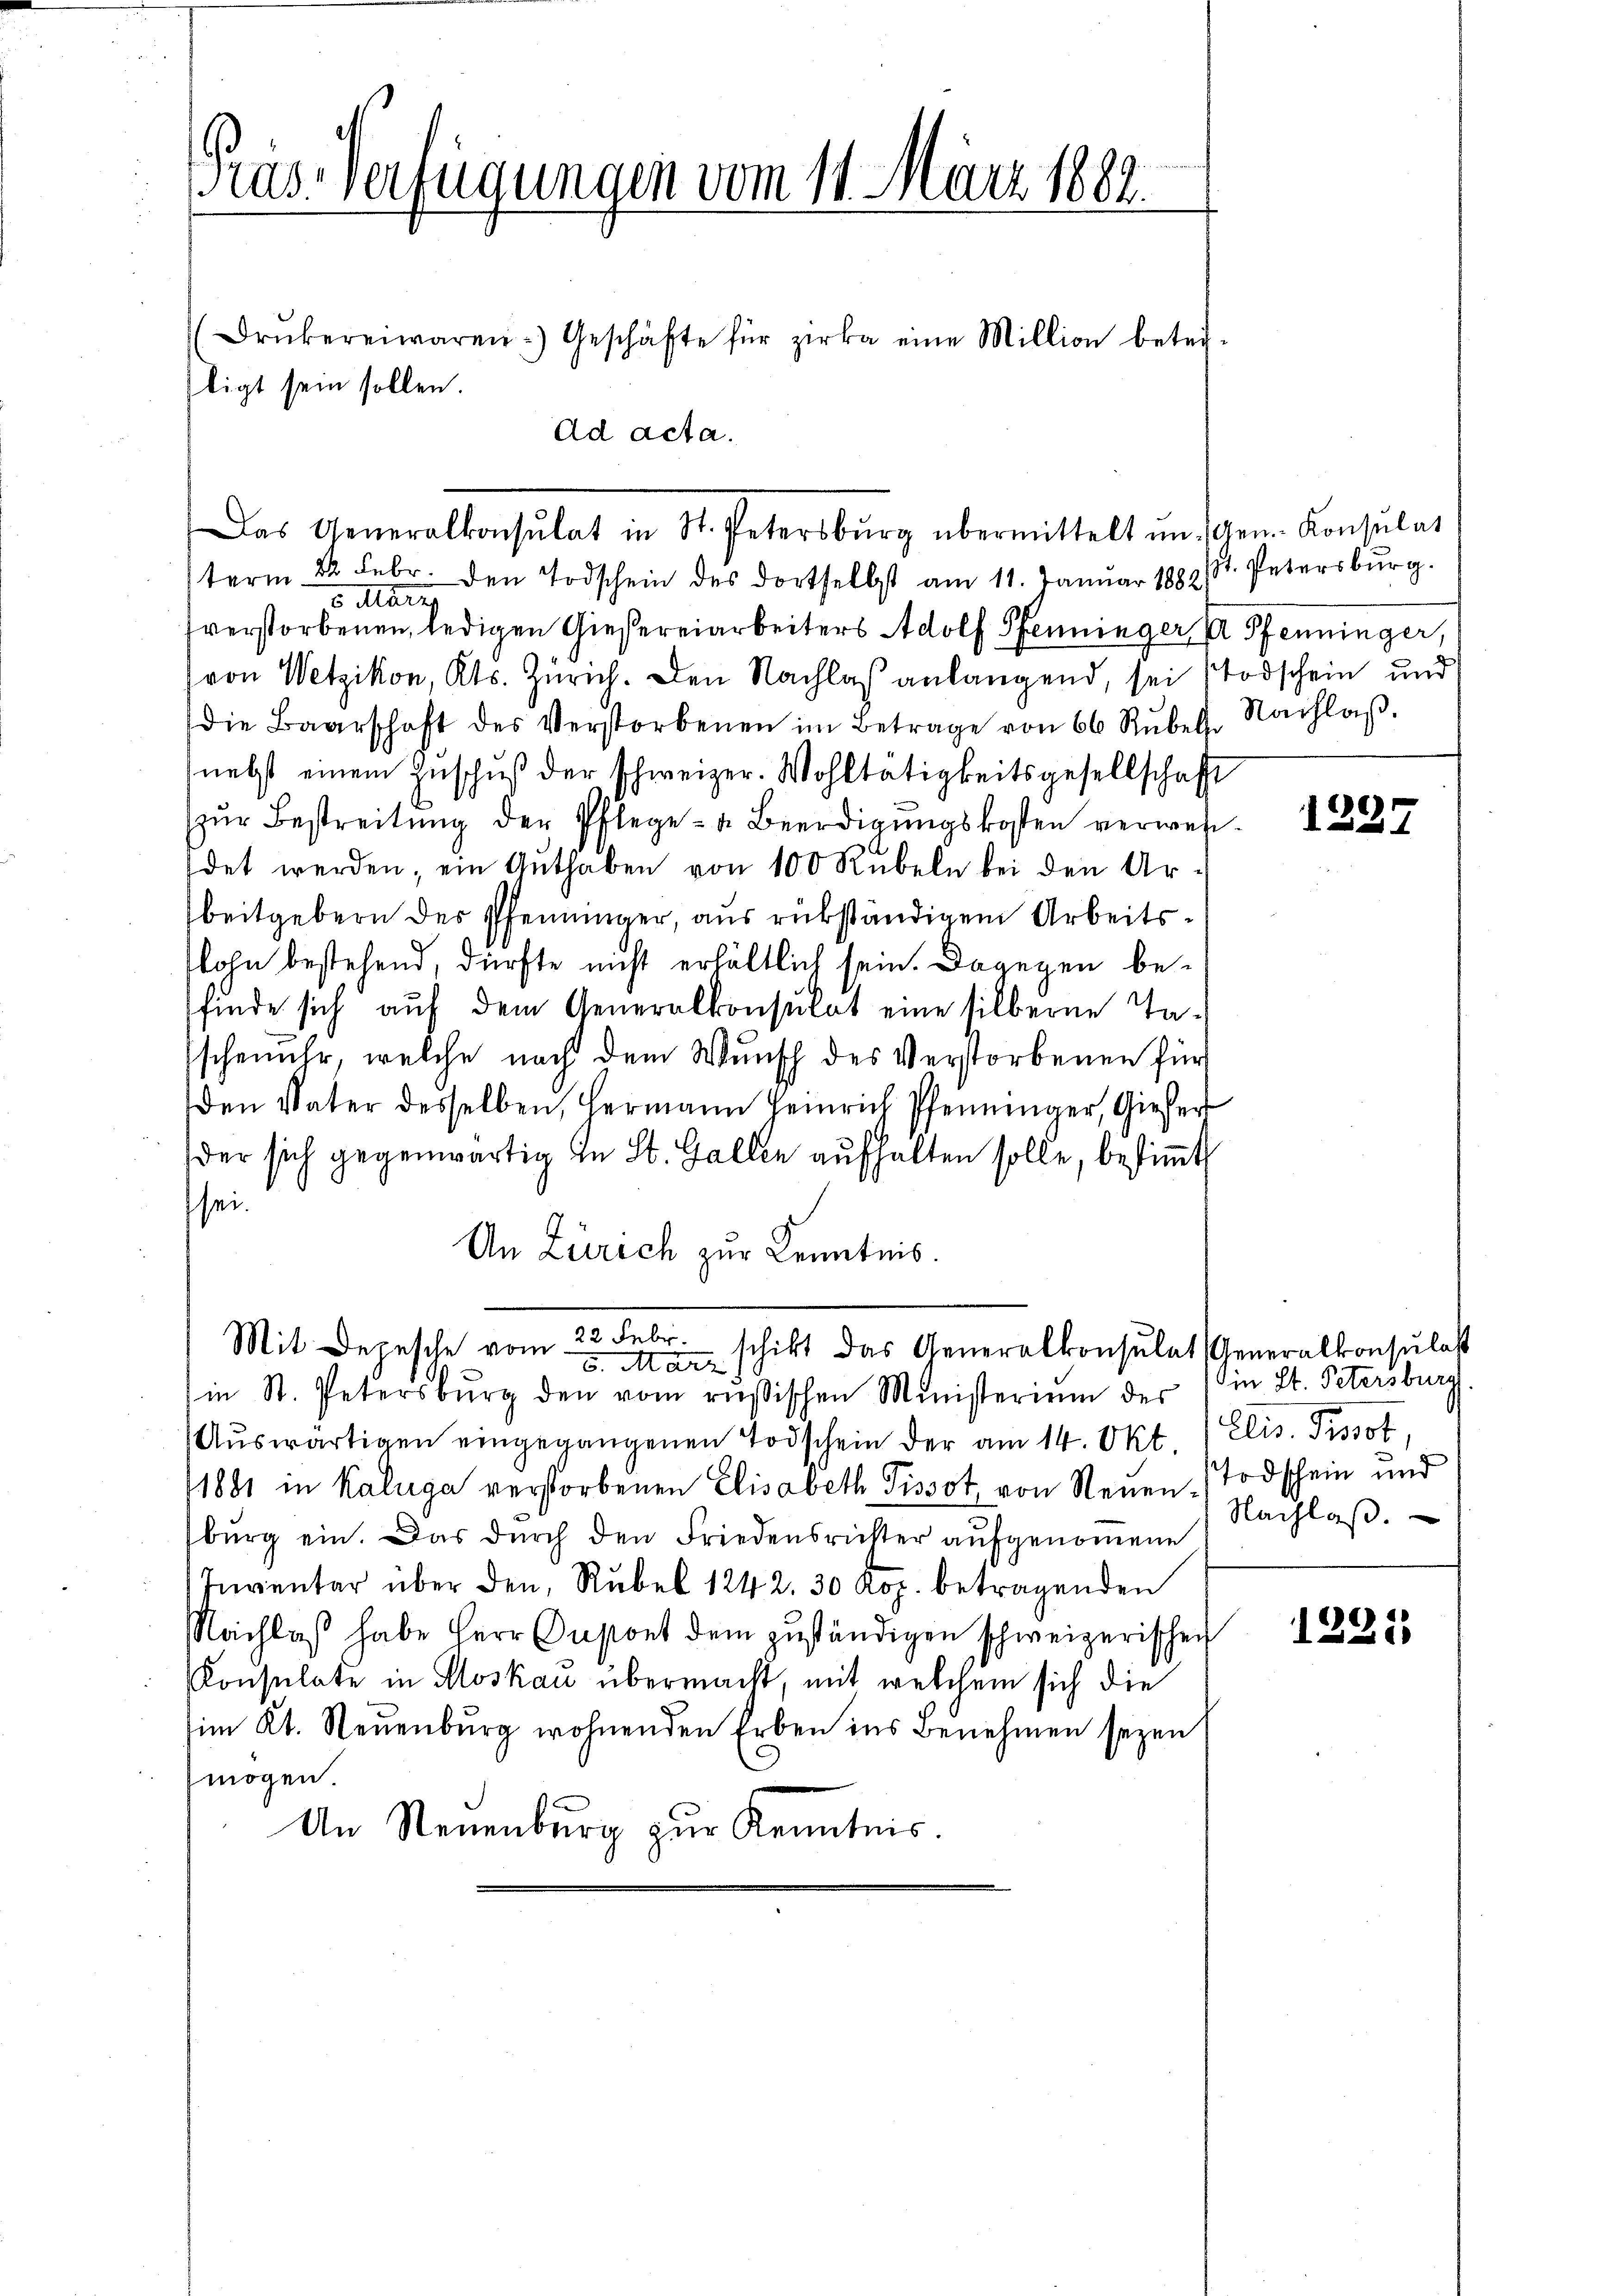
ras Verfügungen vom 11. März 1888.

ligt sein sollen.

Ad acta.

term 22. Febr. den Todschein des dortselbst am 11. Januar 1882/8. Petersburg.
6 Klarer
sverstorbenen, ledigen Giesereiarbeiters Adolf Pfenninger A Pfenninger,
von Wetzikon, Kts. Zürich. Den Nachlaß anlangend, sei Todschein und
die Baarschaft des Verstorbenen im Betrage von 66 Rŭbel. Nachlaβ.
nebst einem Zuschŭβ der schweizer. Wohltätigkeitsgesellschaft
zŭr Bestreitŭng der Pflege - u. Beerdigungskosten verweidet werden, ein Guthaben von 100 Rubeln bei den Arbeitgebern des Pfenninger, aus rükständigem Arbeitslohn bestehend, dürfte nicht erhältlich sein. Dagegen befinde sich auf dem Generalkonsulat eine silberne Ta¬
Eschenuhr, welche nach dem Wunsch des Verstorbenen für
den Vater desselben, Hermann Heinrich Pfenninger, Gieser
der sich gegenwärtig in St. Gallen aufhalten solle, bestimmt
sei.
An Zürich zur Kenntnis.

(Druckerei waren) Geschäfte für Zirka eine Million betri

Das Generalkonsulat in St. Petersburg übermittelt in Arn. Konsulat

in St. Petersburg den vom rŭsischen Ministerium des
Aŭswärtigen eingegangenen Todschein der am 14. Okt. / Elis. Pissot
11881 in Kaluga verstorbenen Elisabeth Tissot von Neuen Todschein und
burg ein. Das dŭrch den Friedensrichter aŭfgenommene
Inventar über den Rubel 1242, 30 Kop. betragenden
Nachlaß habe Herr Dapont dem zuständigen schweizerischen
Konsulate in Moskau übermacht, mit welchem sich die
im Kt. Neuenburg wohnenden Erben ins Benehmen seyen
mögen.
An Neuenburg zur Kenntnis.

Mit Depesche vom 22. Febr. schikt das Generalkonsulat Generalkonsulat
6. März 18

1237

in St. Petersburg
Nachlaβ.

1222)